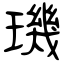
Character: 璣